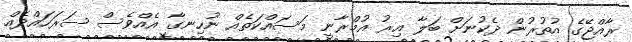
ރާއްޖޭގެ އުތުރުން ދެކުނަށް ބަލާ އިރު އުމްރާނީ މަސައްކަތެއް ނުހިނގާ އެއްވެސް ސަރަހައްދެއް